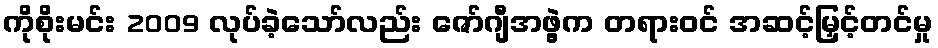
ကိုစိုးမင်း 2009 လုပ်ခဲ့သော်လည်း ဇော်ဂျီအဖွဲ့က တရားဝင် အဆင့်မြှင့်တင်မှု